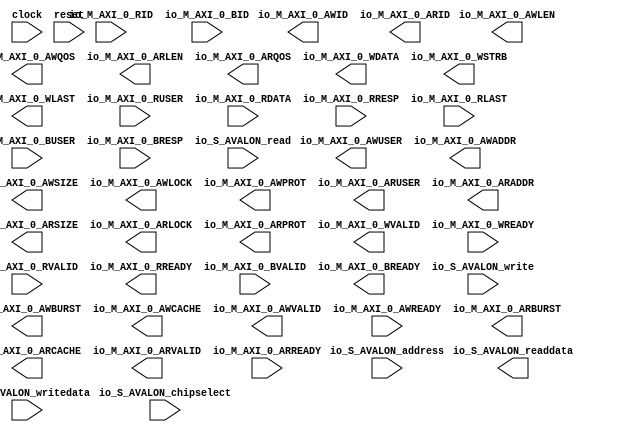
module pr_region_default_Top_0 (
		input  wire         clock,                  //       clock.clk
		output wire [5:0]   io_M_AXI_0_AWID,        //  io_M_AXI_0.awid
		output wire [31:0]  io_M_AXI_0_AWUSER,      //            .awuser
		output wire [31:0]  io_M_AXI_0_AWADDR,      //            .awaddr
		output wire [7:0]   io_M_AXI_0_AWLEN,       //            .awlen
		output wire [2:0]   io_M_AXI_0_AWSIZE,      //            .awsize
		output wire [1:0]   io_M_AXI_0_AWBURST,     //            .awburst
		output wire         io_M_AXI_0_AWLOCK,      //            .awlock
		output wire [3:0]   io_M_AXI_0_AWCACHE,     //            .awcache
		output wire [2:0]   io_M_AXI_0_AWPROT,      //            .awprot
		output wire [3:0]   io_M_AXI_0_AWQOS,       //            .awqos
		output wire         io_M_AXI_0_AWVALID,     //            .awvalid
		input  wire         io_M_AXI_0_AWREADY,     //            .awready
		output wire [5:0]   io_M_AXI_0_ARID,        //            .arid
		output wire [31:0]  io_M_AXI_0_ARUSER,      //            .aruser
		output wire [31:0]  io_M_AXI_0_ARADDR,      //            .araddr
		output wire [7:0]   io_M_AXI_0_ARLEN,       //            .arlen
		output wire [2:0]   io_M_AXI_0_ARSIZE,      //            .arsize
		output wire [1:0]   io_M_AXI_0_ARBURST,     //            .arburst
		output wire         io_M_AXI_0_ARLOCK,      //            .arlock
		output wire [3:0]   io_M_AXI_0_ARCACHE,     //            .arcache
		output wire [2:0]   io_M_AXI_0_ARPROT,      //            .arprot
		output wire [3:0]   io_M_AXI_0_ARQOS,       //            .arqos
		output wire         io_M_AXI_0_ARVALID,     //            .arvalid
		input  wire         io_M_AXI_0_ARREADY,     //            .arready
		output wire [511:0] io_M_AXI_0_WDATA,       //            .wdata
		output wire [63:0]  io_M_AXI_0_WSTRB,       //            .wstrb
		output wire         io_M_AXI_0_WLAST,       //            .wlast
		output wire         io_M_AXI_0_WVALID,      //            .wvalid
		input  wire         io_M_AXI_0_WREADY,      //            .wready
		input  wire [5:0]   io_M_AXI_0_RID,         //            .rid
		input  wire [31:0]  io_M_AXI_0_RUSER,       //            .ruser
		input  wire [511:0] io_M_AXI_0_RDATA,       //            .rdata
		input  wire [1:0]   io_M_AXI_0_RRESP,       //            .rresp
		input  wire         io_M_AXI_0_RLAST,       //            .rlast
		input  wire         io_M_AXI_0_RVALID,      //            .rvalid
		output wire         io_M_AXI_0_RREADY,      //            .rready
		input  wire [5:0]   io_M_AXI_0_BID,         //            .bid
		input  wire [31:0]  io_M_AXI_0_BUSER,       //            .buser
		input  wire [1:0]   io_M_AXI_0_BRESP,       //            .bresp
		input  wire         io_M_AXI_0_BVALID,      //            .bvalid
		output wire         io_M_AXI_0_BREADY,      //            .bready
		input  wire [6:0]   io_S_AVALON_address,    // io_S_AVALON.address
		output wire [31:0]  io_S_AVALON_readdata,   //            .readdata
		input  wire         io_S_AVALON_chipselect, //            .chipselect
		input  wire         io_S_AVALON_write,      //            .write
		input  wire         io_S_AVALON_read,       //            .read
		input  wire [31:0]  io_S_AVALON_writedata,  //            .writedata
		input  wire         reset                   //       reset.reset
	);
endmodule